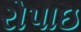
રોપાઇ